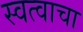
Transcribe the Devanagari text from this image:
स्वत्वाचा